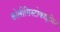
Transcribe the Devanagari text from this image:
कोलीसिस्टोकाइनिन